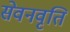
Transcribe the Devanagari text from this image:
सेवनवृति